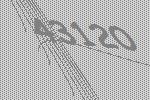
43120